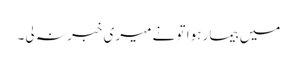
میں بیمار ہوا تو نے میری خبر نہ لی۔